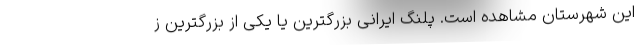
این شهرستان مشاهده است. پلنگ ایرانی بزرگترین یا یکی از بزرگترین ز